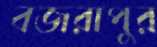
বজরাপুর